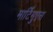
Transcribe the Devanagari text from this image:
मार्टिगुएस